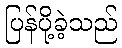
ပြန်ပို့ခဲ့သည်